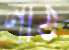
নাঠ